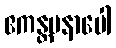
ဧကန္တမနာပေါ